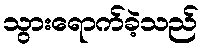
သွားရောက်ခဲ့သည်